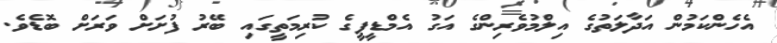
އެހެންކަމުން އަދާލަތުގެ އިލްމުވެރިންގެ އަގު އެމްޑީޕީގެ ކުރިމަތީގައި ބޭރު ފުށަށް ވަރަށް ބޮޑެވެ.